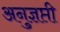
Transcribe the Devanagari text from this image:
अनुज्ञप्ती